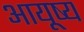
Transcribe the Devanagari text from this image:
आयूष्य